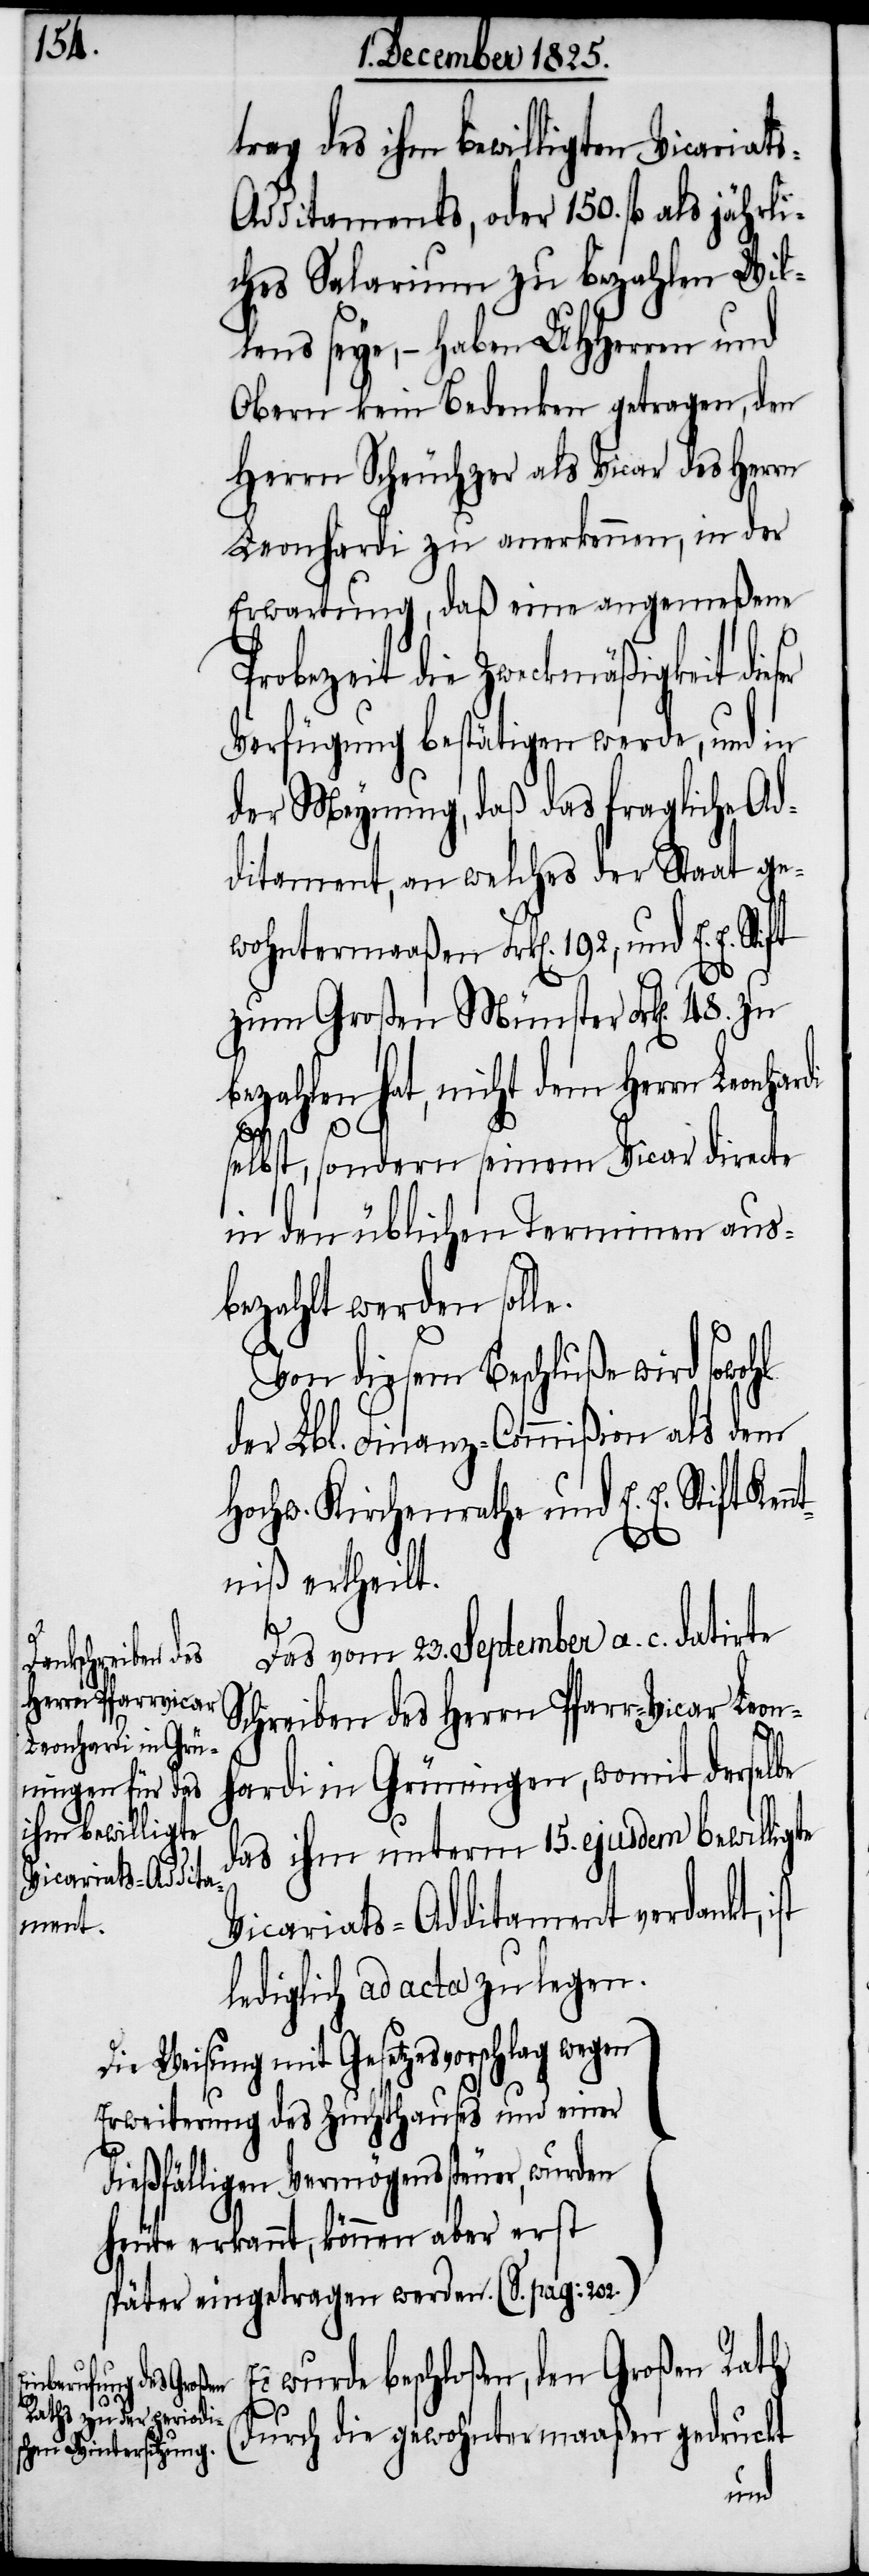
trag des ihm bewilligten Vicariat¬
dditaments, oder 150. fl. als jährli¬
ches Salarium zu bezahlen Wil¬
lens seye, – haben UHHerren und
Obern kein Bedenken getragen, den
Herrn Scheuchzer als Vicar des Herrn
Leonhardi zu anerkennen, in der
Erwartung, daß eine angemeßene
die gewohntermaaßen gedruckt
Verfügung bestätigen werde, und in
der Meynung, daß das fragliche Ad¬
ditament, an welches der Staat ge¬
wohntermaaßen Frk[en]. 192, und E. E. St¬
zum Großen Münster Frk[en]. 48.
bezahlen hat, nicht dem Herrn Leonhar¬
selbst, sondern seinem Vicar directe
in den üblichen Terminen aus¬
bezahlt werden solle.
Von diesem Beschluße wird sowohl
der Lbl. Finanz-Commißion als dem
Hochw. Kirchenrathe und E. E. Stift
niß ertheilt.
te
Das vom 23. September a. c. datirte
Schreiben des Herrn Pfarr-Vicar Leon¬
hardi in Grüningen, womit derselbe
das ihm unter 15. ejusdem bewillig¬
Vicariats-Additament verdankt,
Kennt¬
lediglich ad acta zu legen.
ie Weisung mit Gesetzesvorschlag wegen
Erweiterung des Zuchthauses und einer
dießfälligen Vermögenssteuer, wurden
heute erkannt, können aber erst
später eingetragen werden. (S. pag: 202)-a
[s.
Es wurde beschloßen, den Großen Rath